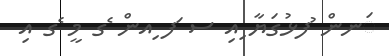
ަނން ުފޅުގަޔާ ިއި ސ ަފ ިއން ެގ މީ ެގ އި